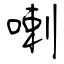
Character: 喇